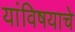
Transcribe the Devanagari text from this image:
यांविषयाचे